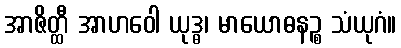
အာဇိတ္ထီ အာဟဝေါ ယုဒ္ဓ၊ မာယောဓနဉ္စ သံယုဂံ။